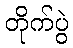
တိုက်ပွဲ